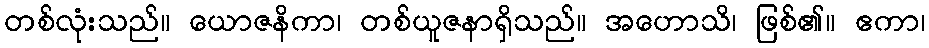
တစ်လုံးသည်။ ယောဇနိကာ၊ တစ်ယူဇနာရှိသည်။ အဟောသိ၊ ဖြစ်၏။ ဧကာ၊